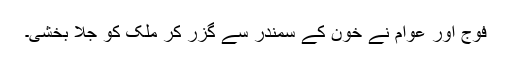
فوج اور عوام نے خون کے سمندر سے گزر کر ملک کو جلا بخشی۔